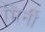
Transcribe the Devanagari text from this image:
मिर्नी